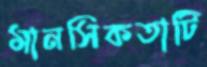
মানসিকতাটি